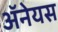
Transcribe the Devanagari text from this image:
अॅनेयस